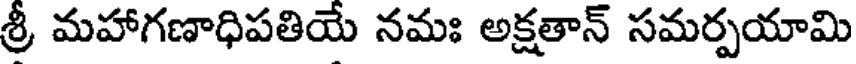
శ్రీ మహాగణాధిపతియే నమః అక్షతాన్ సమర్పయామి